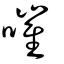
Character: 嗺